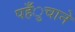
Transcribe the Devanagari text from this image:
पहँुचाने